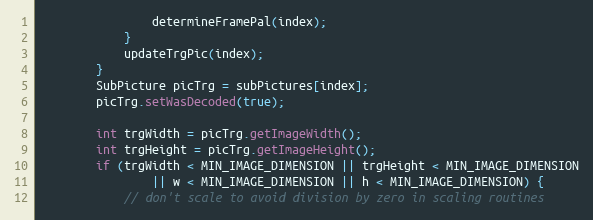
Language: Java
				determineFramePal(index);
			}
			updateTrgPic(index);
		}
		SubPicture picTrg = subPictures[index];
		picTrg.setWasDecoded(true);

		int trgWidth = picTrg.getImageWidth();
		int trgHeight = picTrg.getImageHeight();
		if (trgWidth < MIN_IMAGE_DIMENSION || trgHeight < MIN_IMAGE_DIMENSION
				|| w < MIN_IMAGE_DIMENSION || h < MIN_IMAGE_DIMENSION) {
			// don't scale to avoid division by zero in scaling routines